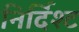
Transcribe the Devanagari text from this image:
निर्दिश्ट